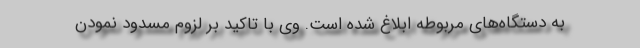
به دستگاه‌های مربوطه ابلاغ شده است. وی با تاکید بر لزوم مسدود نمودن